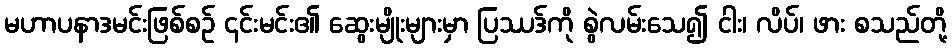
မဟာပနာဒမင်းဖြစ်စဉ် ၎င်းမင်း၏ ဆွေးမျိုးများမှာ ပြဿဒ်ကို စွဲလမ်းသေ၍ ငါး၊ လိပ်၊ ဖား စသည်တို့